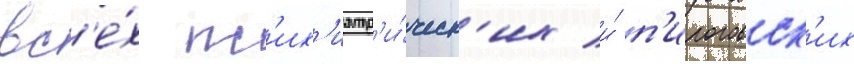
вс'е́х пс'их'иатр'и́ческ'их и́ п'ироговск'их